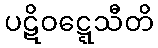
ပဋိဝဋ္ဋေသီတိ